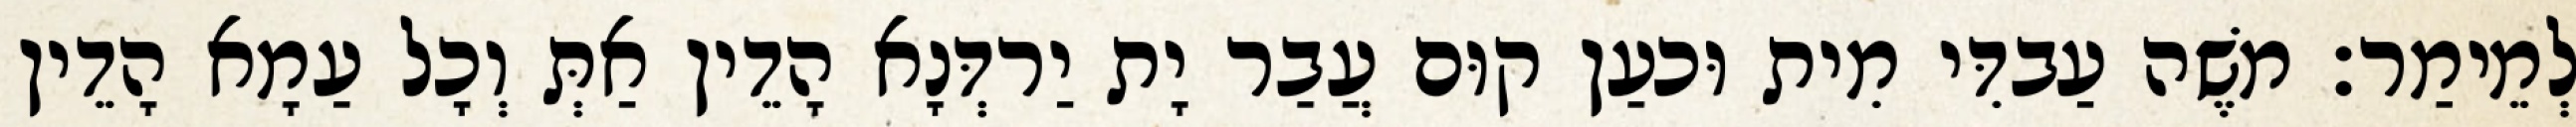
לְמֵימַר׃ מֹשֶׁה עַבדִּי מִית וּכעַן קוּם עֲבַר יָת יַרדְּנָא הָדֵין אַתְּ וְכָל עַמָא הָדֵין